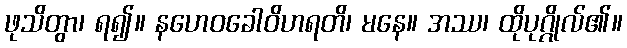
ဖုသိတွာ၊ ရ၍။ နဟေဝခေါဝိဟရတိ၊ မနေ။ အဿ၊ ထိုပုဂ္ဂိုလ်၏။